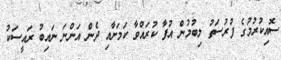
ސޮއިކުރުމުގެ ފުރުސަތު ލިބުމުން އުފާ ކުރައްވާ ކަމަށާއި ދެން އަންނަ ނައިބު ރައީސަކު